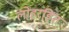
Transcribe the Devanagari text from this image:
लोहरहित